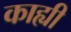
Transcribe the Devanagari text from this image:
काह्यी